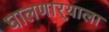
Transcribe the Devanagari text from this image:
घालणार्‍याला